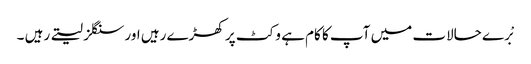
بْرے حالات میں آپ کا کام ہے وکٹ پر کھڑے رہیں اور سنگلز لیتے رہیں ۔